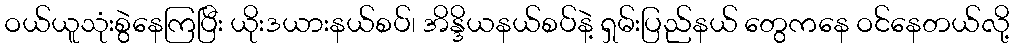
ဝယ်ယူသုံးစွဲနေကြပြီး ယိုးဒယားနယ်စပ်၊ အိန္ဒိယနယ်စပ်နဲ့ ရှမ်းပြည်နယ် တွေကနေ ဝင်နေတယ်လို့